Report on the working of the Ranchi Indian Mental Hospital, Kanke, in Bihar and Orissa - 1930-1940
Year: 1930
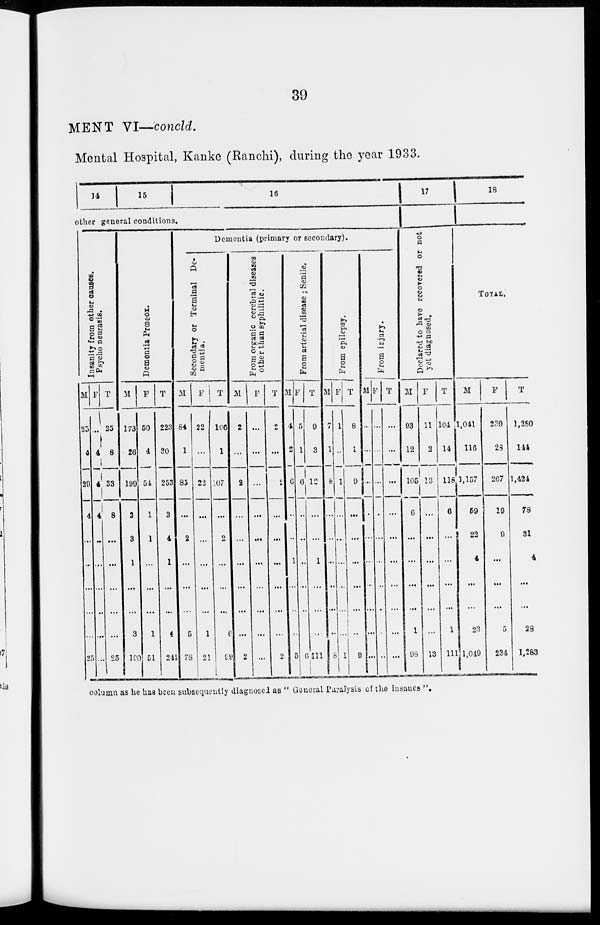
39
MENT VI—concld.
Mental Hospital, Kanke (Ranchi), during the year 1933.
14
15
16
other general conditions.
Insanity from other causes.
Psycho neurasis.
M
25
4
29
4
...
...
...
...
...
25
F
...
4
4
4
...
...
...
...
...
...
T
25
8
33
8
...
...
...
...
...
25
Dementia Prœcox.
M
173
26
199
2
3
1
...
...
3
190
F
50
4
54
1
1
...
...
...
1
51
T
223
30
253
3
4
1
...
...
4
241
Dementia (primary or secondary).
Secondary or Terminal De-
mentia.
M
84
1
85
...
2
...
...
...
5
78
F
22
...
22
...
...
...
...
...
1
21
T
106
1
107
...
2
...
...
...
6
99
From organic cerebral diseases
other than syphilitic.
M
2
...
2
...
...
...
...
...
...
2
F
...
...
...
...
...
...
...
...
...
...
T
2
...
2
...
...
...
...
...
...
2
From arterial disease ; Senile.
M
4
2
6
...
...
1
...
...
...
5
F
5
1
6
...
...
...
...
...
...
6
T
9
3
12
...
...
1
...
...
...
11
From epilepsy.
M
7
1
8
...
...
...
...
...
...
8
F
1
...
1
...
...
...
...
...
...
1
T
8
1
9
...
...
...
...
...
...
9
From injury.
M
...
...
...
...
...
...
...
...
...
...
F
...
...
...
...
...
...
...
...
...
...
T
...
...
...
...
...
...
...
...
...
...
17
Declared to have recovered or not
yet diagnosed.
M
93
12
105
6
...
...
...
...
1
98
F
11
2
13
...
...
...
...
...
...
13
T
104
14
118
6
...
...
...
...
1
111
18
TOTAL.
M
1,041
116
1,157
59
22
4
...
...
23
1,049
F
239
28
267
19
9
...
...
...
5
234
T
1,280
144
1,424
78
31
4
...
...
28
1,283
column as he has been subsequently diagnosed as " General Paralysis of the insanes ".